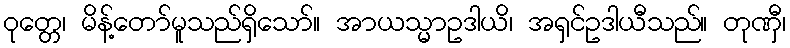
ဝုတ္တေ၊ မိန့်တော်မူသည်ရှိသော်။ အာယသ္မာဥဒါယိ၊ အရှင်ဥဒါယီသည်။ တုဏှီ၊